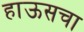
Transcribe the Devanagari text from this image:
हाऊसचा